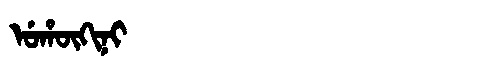
Manchu: ᡠᡥᡡᡴᡳᠨᡳ
Romanization: UHŪKINI